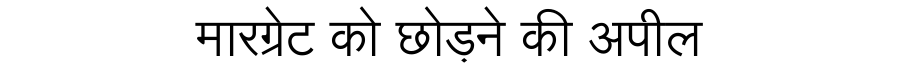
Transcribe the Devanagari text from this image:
मारग्रेट को छोड़ने की अपील